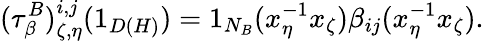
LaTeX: (\tau_{\beta}^{B})_{\zeta,\eta}^{i,j}(1_{D(H)})=1_{N_{B}}(x_{\eta}^{-1}x_{\zeta})\beta_{ij}(x_{\eta}^{-1}x_{\zeta}).